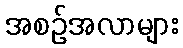
အစဉ်အလာများ